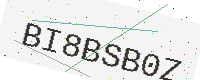
Text: BI8BSB0Z